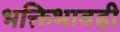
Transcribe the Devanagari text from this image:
भक्तिभावही